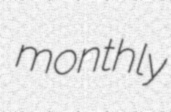
monthly